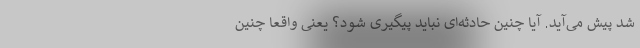
شد پیش می‌آید. آیا چنین حادثه‌ای نباید پیگیری شود؟ یعنی واقعا چنین